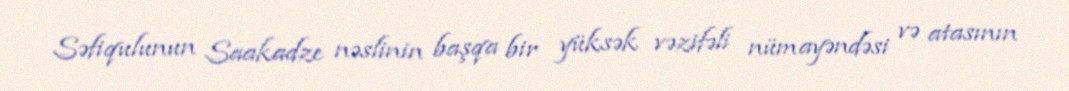
Səfiqulunun Saakadze nəslinin başqa bir yüksək vəzifəli nümayəndəsi və atasının